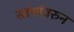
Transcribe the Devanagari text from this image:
स्तंभांवरुन